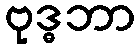
ဗုဒ္ဓဘာ